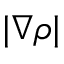
\lvert \nabla \rho \rvert